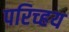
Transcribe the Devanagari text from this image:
परिच्हय